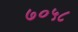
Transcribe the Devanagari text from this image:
७०५८